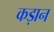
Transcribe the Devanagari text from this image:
कड़ान